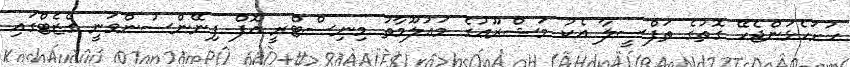
ހުށަހެޅަންޖެހޭ ގޮތުގެ ތަފްސީލާ އެކު މަޝްރޫޢުގެ މަޢުލޫމާތު މިނިސްޓްރީ އޮފް ފިނޭންސުންވަނީ ގެޒެޓްގައި